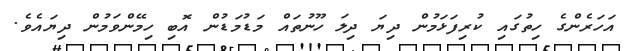
އަހަރެންގެ ހިތުގައި ކުރިފަޅަމުން ދިޔަ ދިލަ ހޫނުތައް މަޑުމަޑުން އޮބި ހިމޭންވަމުން ދިޔައެވެ.